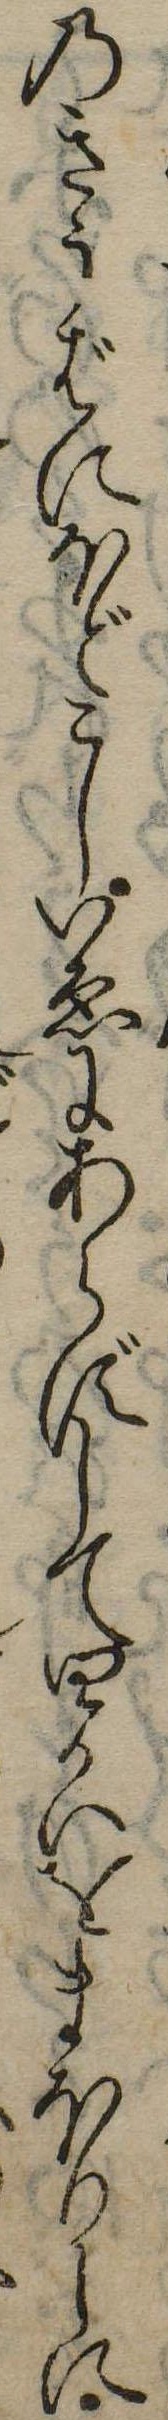
のきうばにほどこしいゑにあらずして四かいをまほりしに